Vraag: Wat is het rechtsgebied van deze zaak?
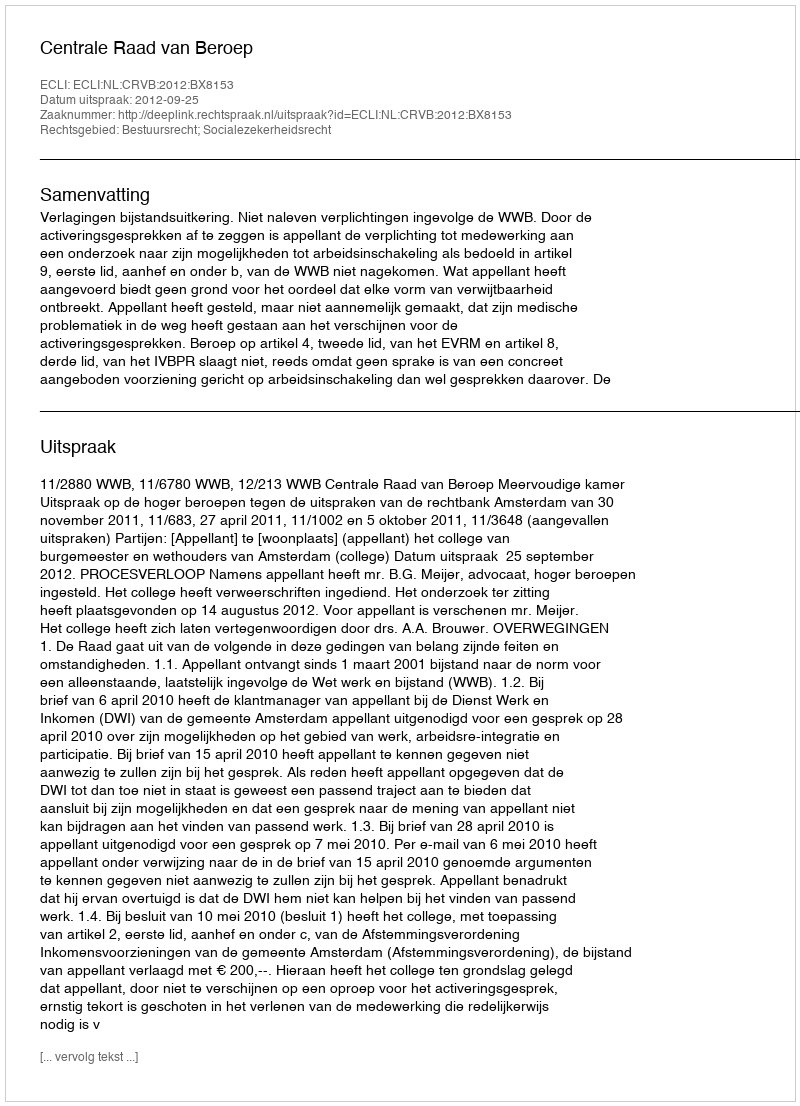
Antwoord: Bestuursrecht; Socialezekerheidsrecht